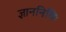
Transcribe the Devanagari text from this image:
ज्ञाननिधिः